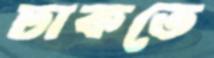
ঢাকতে